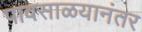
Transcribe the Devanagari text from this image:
पावसाळयानंतर